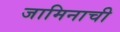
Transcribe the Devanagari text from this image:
जामिनाची